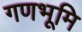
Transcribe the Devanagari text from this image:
गणभूमि